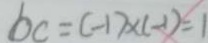
b c = ( - 1 ) \times ( - 1 ) = 1